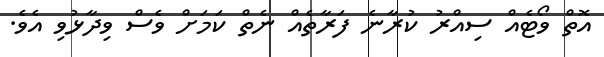
އޮތް ވޯޓެއް ސިއްރު ކުރާނެ ފަރާތެއް ނެތް ކަމަށް ވެސް ވިދާޅުވި އެވެ.